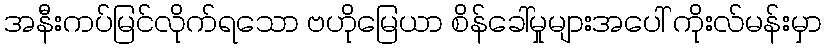
အနီးကပ်မြင်လိုက်ရသော ဗဟိုမြေယာ စိန်ခေါ်မှုများအပေါ် ကိုးလ်မန်းမှာ